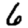
Digit: 6